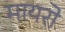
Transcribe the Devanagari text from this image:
मायरो